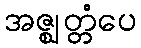
အဇ္ဈတ္တံပေ